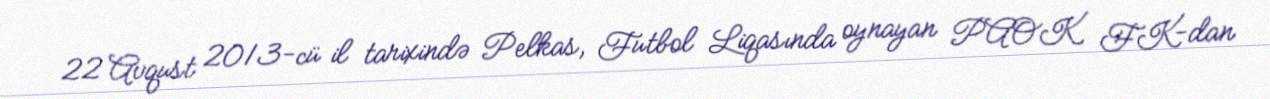
22 Avqust 2013-cü il tarixində Pelkas, Futbol Liqasında oynayan PAOK FK-dan